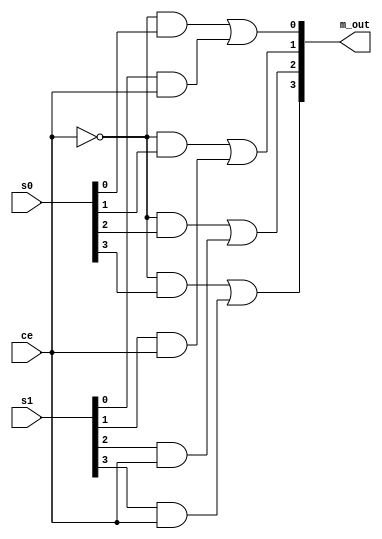
// Copyright (C) 2020  Intel Corporation. All rights reserved.
// Your use of Intel Corporation's design tools, logic functions 
// and other software and tools, and any partner logic 
// functions, and any output files from any of the foregoing 
// (including device programming or simulation files), and any 
// associated documentation or information are expressly subject 
// to the terms and conditions of the Intel Program License 
// Subscription Agreement, the Intel Quartus Prime License Agreement,
// the Intel FPGA IP License Agreement, or other applicable license
// agreement, including, without limitation, that your use is for
// the sole purpose of programming logic devices manufactured by
// Intel and sold by Intel or its authorized distributors.  Please
// refer to the applicable agreement for further details, at
// https://fpgasoftware.intel.com/eula.

// PROGRAM		"Quartus Prime"
// VERSION		"Version 20.1.1 Build 720 11/11/2020 SJ Lite Edition"
// CREATED		"Wed Dec 22 17:49:00 2021"

module mx_4bit_2x1(
	ce,
	s0,
	s1,
	m_out
);


input wire	ce;
input wire	[3:0] s0;
input wire	[3:0] s1;
output wire	[3:0] m_out;

wire	[3:0] l_s0;
wire	[3:0] l_s1;
wire	[3:0] m_line;
wire	SYNTHESIZED_WIRE_0;
wire	SYNTHESIZED_WIRE_1;
wire	SYNTHESIZED_WIRE_2;
wire	SYNTHESIZED_WIRE_3;
wire	SYNTHESIZED_WIRE_4;
wire	SYNTHESIZED_WIRE_5;
wire	SYNTHESIZED_WIRE_12;
wire	SYNTHESIZED_WIRE_10;
wire	SYNTHESIZED_WIRE_11;




assign	SYNTHESIZED_WIRE_11 = l_s1[0] & ce;

assign	SYNTHESIZED_WIRE_1 = l_s1[1] & ce;

assign	m_line[1] = SYNTHESIZED_WIRE_0 | SYNTHESIZED_WIRE_1;

assign	m_line[2] = SYNTHESIZED_WIRE_2 | SYNTHESIZED_WIRE_3;

assign	m_line[3] = SYNTHESIZED_WIRE_4 | SYNTHESIZED_WIRE_5;

assign	SYNTHESIZED_WIRE_3 = l_s1[2] & ce;

assign	SYNTHESIZED_WIRE_5 = l_s1[3] & ce;

assign	SYNTHESIZED_WIRE_10 = SYNTHESIZED_WIRE_12 & l_s0[0];

assign	SYNTHESIZED_WIRE_0 = SYNTHESIZED_WIRE_12 & l_s0[1];

assign	SYNTHESIZED_WIRE_2 = SYNTHESIZED_WIRE_12 & l_s0[2];

assign	SYNTHESIZED_WIRE_4 = SYNTHESIZED_WIRE_12 & l_s0[3];

assign	SYNTHESIZED_WIRE_12 =  ~ce;

assign	m_line[0] = SYNTHESIZED_WIRE_10 | SYNTHESIZED_WIRE_11;

assign	m_out = m_line;
assign	l_s0 = s0;
assign	l_s1 = s1;

endmodule